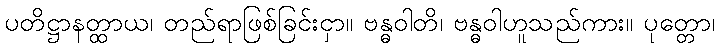
ပတိဋ္ဌာနတ္ထာယ၊ တည်ရာဖြစ်ခြင်းငှာ။ ဗန္ဓဝါတိ၊ ဗန္ဓဝါဟူသည်ကား။ ပုတ္တော၊